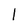
Character: I